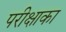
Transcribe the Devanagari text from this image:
परीक्षाका